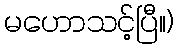
မဟောသင့်ပြီ။)